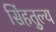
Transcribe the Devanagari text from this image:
सिंहतुल्य